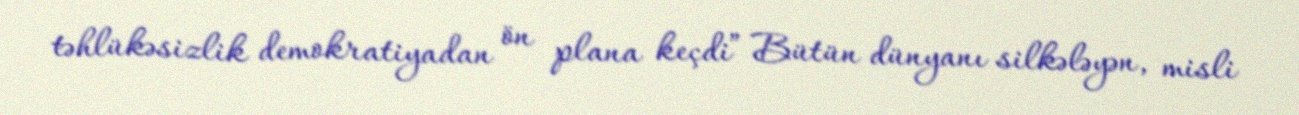
təhlükəsizlik demokratiyadan ön plana keçdi” Bütün dünyanı silkələyən, misli